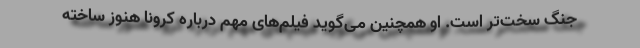
جنگ سخت‌تر است. او همچنین می‌گوید فیلم‌های مهم درباره کرونا هنوز ساخته